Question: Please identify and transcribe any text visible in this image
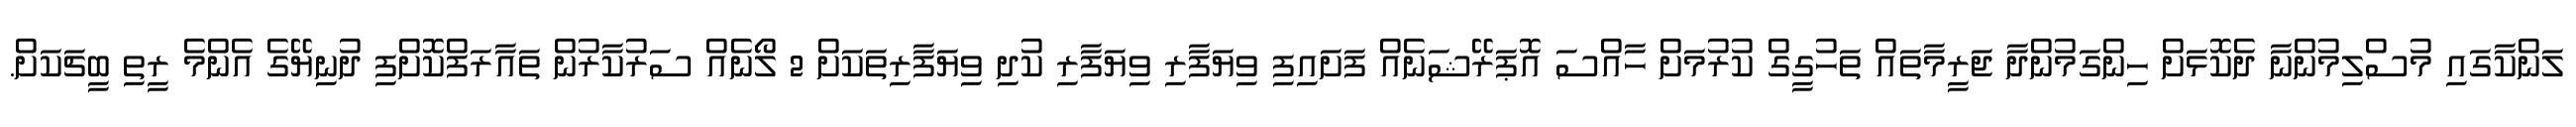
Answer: ލަންކާގައި މުސްލިމުންނާ ދެކޮޅަށް ހިންގަމުންދާ ޖަރީމާތައް ތަހުގީގް ކުރުމަށް ހާއްސަ އޮޕަރޭޝަނެއް ފަށައިފި ވިޔަފާރި ވިޔަފާރި ކުދި ވިޔަފާރިތަކަށް 2 ލޯނެއް ސަރުކާރުން ތައާރަފްކޮށްފި ދުނިޔޭގެ އެންމެ ރީތި ބީޗަކަށް.